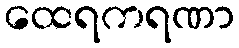
ထေရကရဏာ